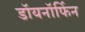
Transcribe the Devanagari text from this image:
डॉयनॉर्फिन